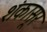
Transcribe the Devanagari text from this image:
शंकासूर